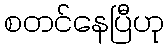
စတင်နေပြီဟု